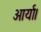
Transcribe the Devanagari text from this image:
आर्या।